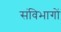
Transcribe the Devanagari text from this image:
संविभागों